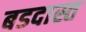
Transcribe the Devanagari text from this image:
बडदास्त